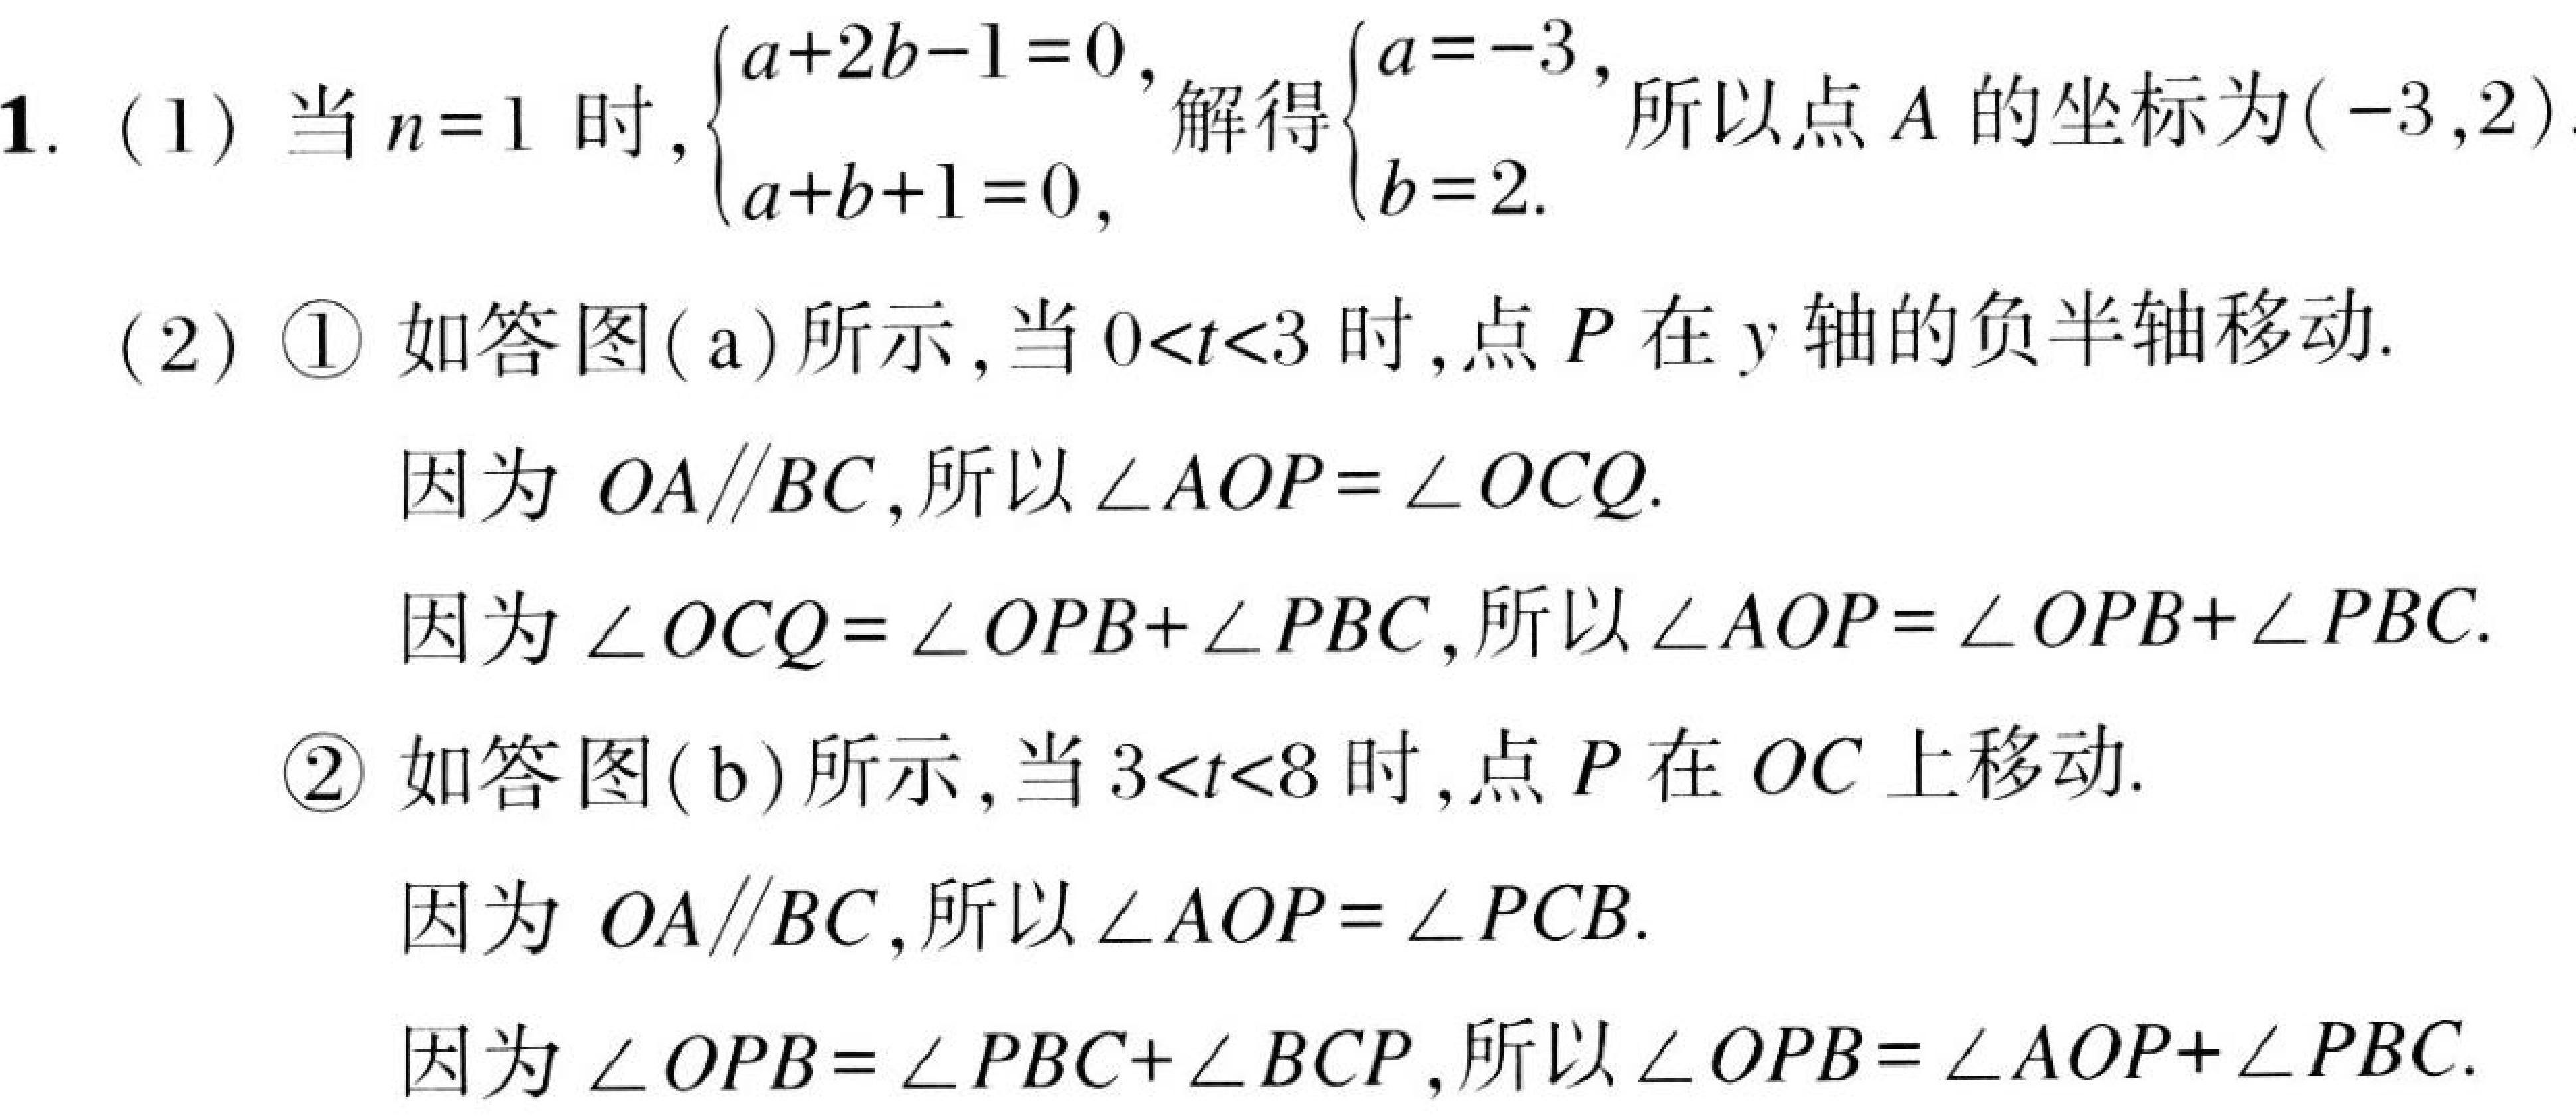
1. (1) 当\(n = 1\)时, \(\begin{cases}a + 2b-1 = 0,\\a + b + 1 = 0,\end{cases}\)解得\(\begin{cases}a=-3,\\b = 2.\end{cases}\)所以点\(A\)的坐标为\((-3,2)\).
(2) \textcircled{1} 如答图(a)所示,当\(0<t<3\)时,点\(P\)在\(y\)轴的负半轴移动.
因为 \(OA\parallel BC\),所以\(\angle AOP=\angle OCQ\).
因为\(\angle OCQ=\angle OPB+\angle PBC\),所以\(\angle AOP=\angle OPB+\angle PBC\).
\textcircled{2} 如答图(b)所示,当\(3<t<8\)时,点\(P\)在 \(OC\)上移动.
因为 \(OA\parallel BC\),所以\(\angle AOP=\angle PCB\).
因为\(\angle OPB=\angle PBC+\angle BCP\),所以\(\angle OPB=\angle AOP+\angle PBC\).